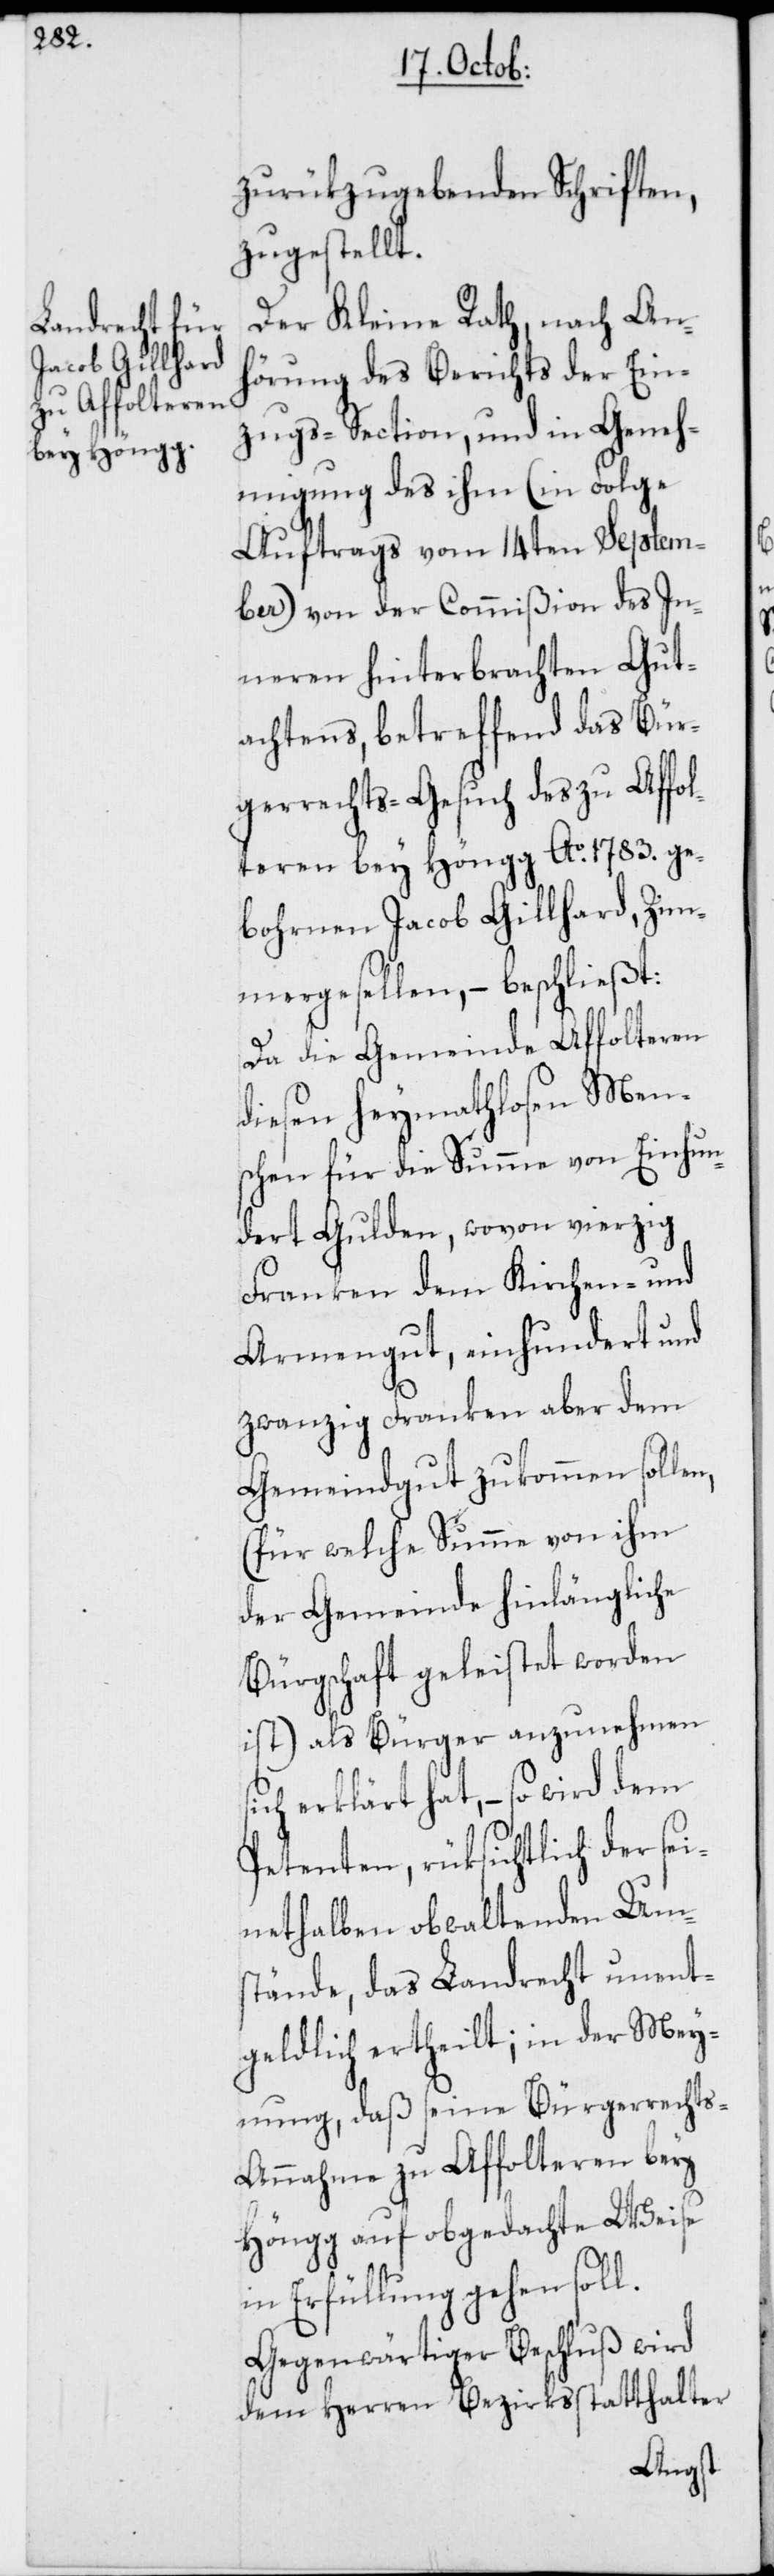
Um¬

zurükzugebenden Schriften,
zugestellt.
Der Kleine Rath, nach Anh¬
örung des Berichts der Ein¬
zugs-Section, und in Geneh¬
migung des ihm (in Folge
Auftrags vom 14ten Septem¬
ber) von der Commißion des In¬
neren hinterbrachten Gut¬
achtens, betreffend das Bür¬
gerrechts-Gesuch des zu Affol¬
teren bey Höngg Ao. 1783. ge¬
bohrnen Jacob Gillhard, Zim¬
mergesellen, – beschließt:
Da die Gemeinde Affolteren
diesen heymathlosen Men¬
schen für die Summe von Einhun¬
dert Gulden, wovon vierzig
Franken dem Kirchen- und
Armengut, einhundert und
zwanzig Franken aber dem
Gemeindgut zukommen sollen,
(für welche Summe von ihm
der Gemeinde hinlängliche
Bürgschaft geleistet worden
ist) als Bürger anzunehmen s¬
ich erklärt hat, – so wird dem
Petenten, rüksichtlich der
stände, das Landrecht unent¬
geldlich ertheilt; in der Mey¬
nung, daß seine Bürgerrecht¬
s-Annahme zu Affolteren bey
Höngg auf obgedachte Weise
in Erfüllung gehen soll.
Gegenwärtiger Beschluß wird
dem Herren Bezirksstatthalter